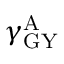
\gamma _ { \mathrm { G Y } } ^ { \mathrm { A } }